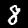
Digit: 8